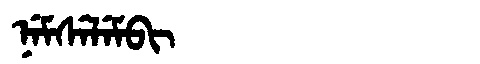
Manchu: ᠨᡝᠮᠰᡝᠯᡝᠮᠪᡳ
Romanization: NEMSELEMBI